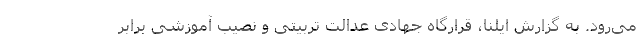
می‌رود. به گزارش ایلنا، قرارگاه جهادی عدالت تربیتی و نصیب آموزشی برابر